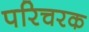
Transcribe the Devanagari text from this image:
परिचरक